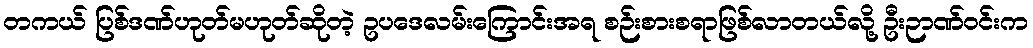
တကယ် ပြစ်ဒဏ်ဟုတ်မဟုတ်ဆိုတဲ့ ဥပဒေလမ်းကြောင်းအရ စဉ်းစားစရာဖြစ်လာတယ်လို့ ဦးဉာဏ်ဝင်းက